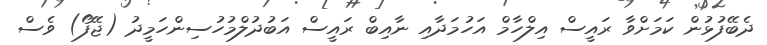
ދެބޭފުޅުން ކަމަށްވާ ރައީސް އިލްހާމް އަހުމަދާއި ނާއިބް ރައީސް އަބުދުލްމުހުސިންހަމީދު (ޖޭފޯ) ވެސް